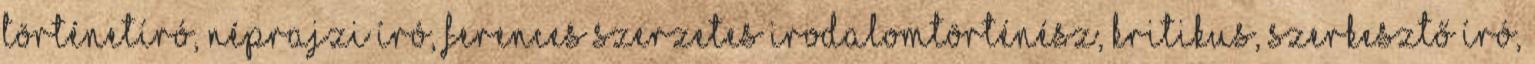
történetíró, néprajzi író, ferences szerzetes irodalomtörténész, kritikus, szerkesztő író,